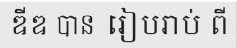
ឌីឌ បាន រៀបរាប់ ពី